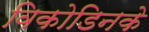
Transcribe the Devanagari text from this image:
विकोडिनके